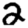
Digit: 2